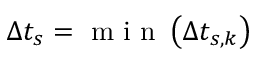
\Delta t _ { s } = \mathrm { ~ m ~ i ~ n ~ } \left( \Delta t _ { s , k } \right)